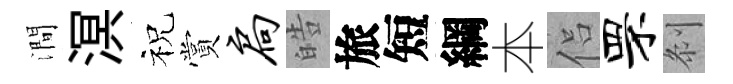
澗溟祝賞扃皓旅短綱本侣罘𠛴